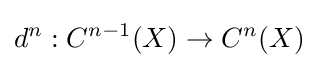
d^{n}:C^{n-1}(X)\to C^{n}(X)